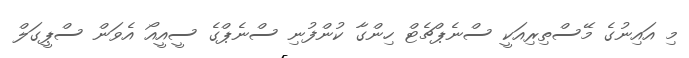
މި އައިނުގެ މޭސްތިރިއަކީ ސްނެޕްޗެޓް ހިންގާ ކުންފުނި ސްނެޕްގެ ސީއީއޯ އެވަން ސްޕީގަލް